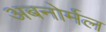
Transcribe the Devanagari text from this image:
अबनोर्मल